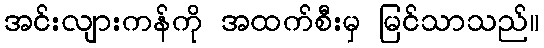
အင်းလျားကန်ကို အထက်စီးမှ မြင်သာသည်။